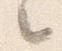
之